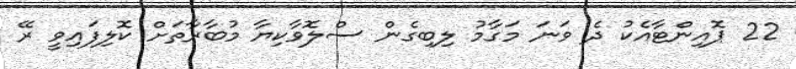
22 ޕޮއިންޓާއެކު ދެ ވަނަ މަގާމު ލިބިގެން ސްލޮވާކިޔާ މުބާރާތަށް ކޮލިފައިވީ ރޭ